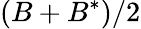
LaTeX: (B+B^{*})/2